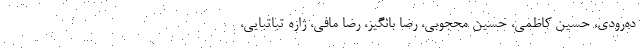
ده‌رودی، حسین کاظمی، حسین محجوبی، رضا بانگیز، رضا مافی، ژازه تباتبایی،